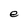
Character: e